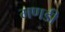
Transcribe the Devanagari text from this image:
मणडी